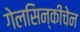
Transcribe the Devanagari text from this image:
गेलसिन्कीचेन